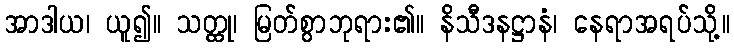
အာဒါယ၊ ယူ၍။ သတ္ထု၊ မြတ်စွာဘုရား၏။ နိသီဒနဋ္ဌာနံ၊ နေရာအရပ်သို့။